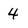
Character: 4